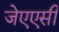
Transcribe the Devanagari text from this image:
जेएएसी